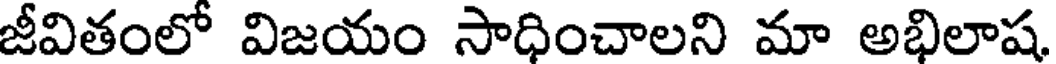
జీవితంలో విజయం సాధించాలని మా అభిలాష